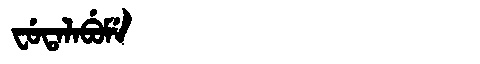
Manchu: ᠸᡠᡨᠠᠯᠠᠪᡠᠮᡝ
Romanization: FUTALABUME